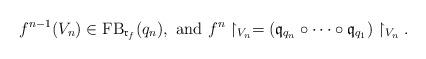
LaTeX: \begin{align*}f^{n-1}(V_n)\in {\rm FB}_{\mathfrak r_f}(q_n),\textrm{ and }f^n\restriction_{V_n}=({\mathfrak q}_{q_n}\circ\cdots\circ {\mathfrak q}_{q_1})\restriction_{V_n}.\end{align*}